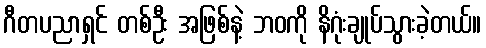
ဂီတပညာရှင် တစ်ဦး အဖြစ်နဲ့ ဘဝကို နိဂုံးချုပ်သွားခဲ့တယ်။